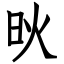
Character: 炚